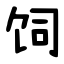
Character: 饲